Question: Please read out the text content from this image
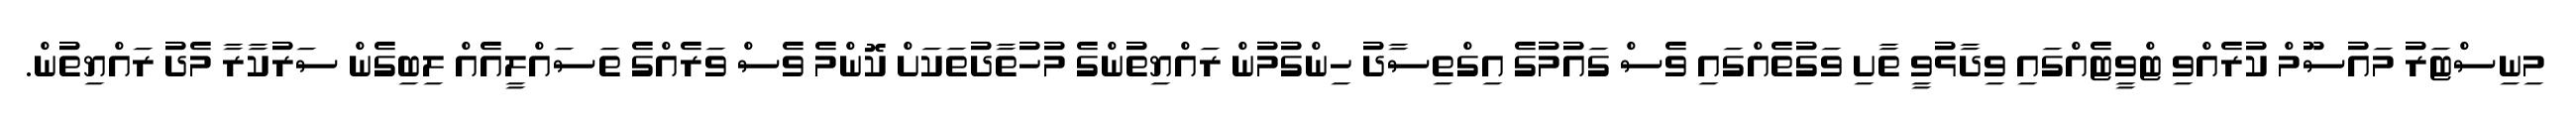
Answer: މިނިސްޓަރު މައުސޫމް ކުރެއްވި ޓްވީޓެއްގައި ވިދާޅުވީ ތާށި ވަގުތެއްގައި ވެސް ގައުމުގެ އިގްތިސާދު ހިންގުމުން ރައްޔިތުންގެ މުހުތާދުތަކަށް ކޮންމެ ވެސް ވަރެއްގެ ތަސައްލީއެއް ލިބިގެން ސަރުކާރާ މެދު ރައްޔިތުން.